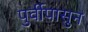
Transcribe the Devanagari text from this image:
पुर्वीपासुन